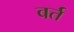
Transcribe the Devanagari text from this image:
वर्त